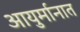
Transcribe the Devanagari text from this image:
आयुर्मानात